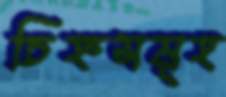
চিহ্নসমূহ